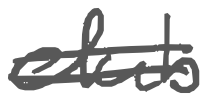
Text: club
Cross-out: double-line
Writing tool: digital_gray